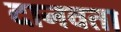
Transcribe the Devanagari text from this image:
दानवता